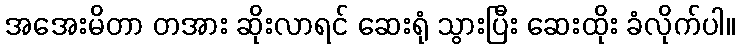
အအေးမိတာ တအား ဆိုးလာရင် ဆေးရုံ သွားပြီး ဆေးထိုး ခံလိုက်ပါ။